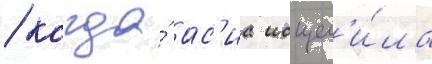
/ когда́ ас'иа исцел'и́ла